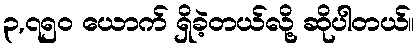
၃,၇၅၀ ယောက် ရှိခဲ့တယ်လို့ ဆိုပါတယ်။